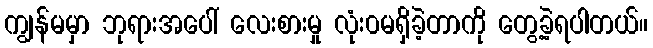
ကျွန်မမှာ ဘုရားအပေါ် လေးစားမှု လုံး၀မရှိခဲ့တာကို တွေ့ခဲ့ရပါတယ်။